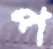
প